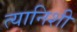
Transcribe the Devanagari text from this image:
त्यानिशी